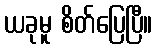
ယခုမူ စိတ်ပြေပြီ။